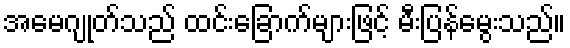
အမေဂျုတ်သည် ထင်းခြောက်များဖြင့် မီးပြန်မွေးသည်။